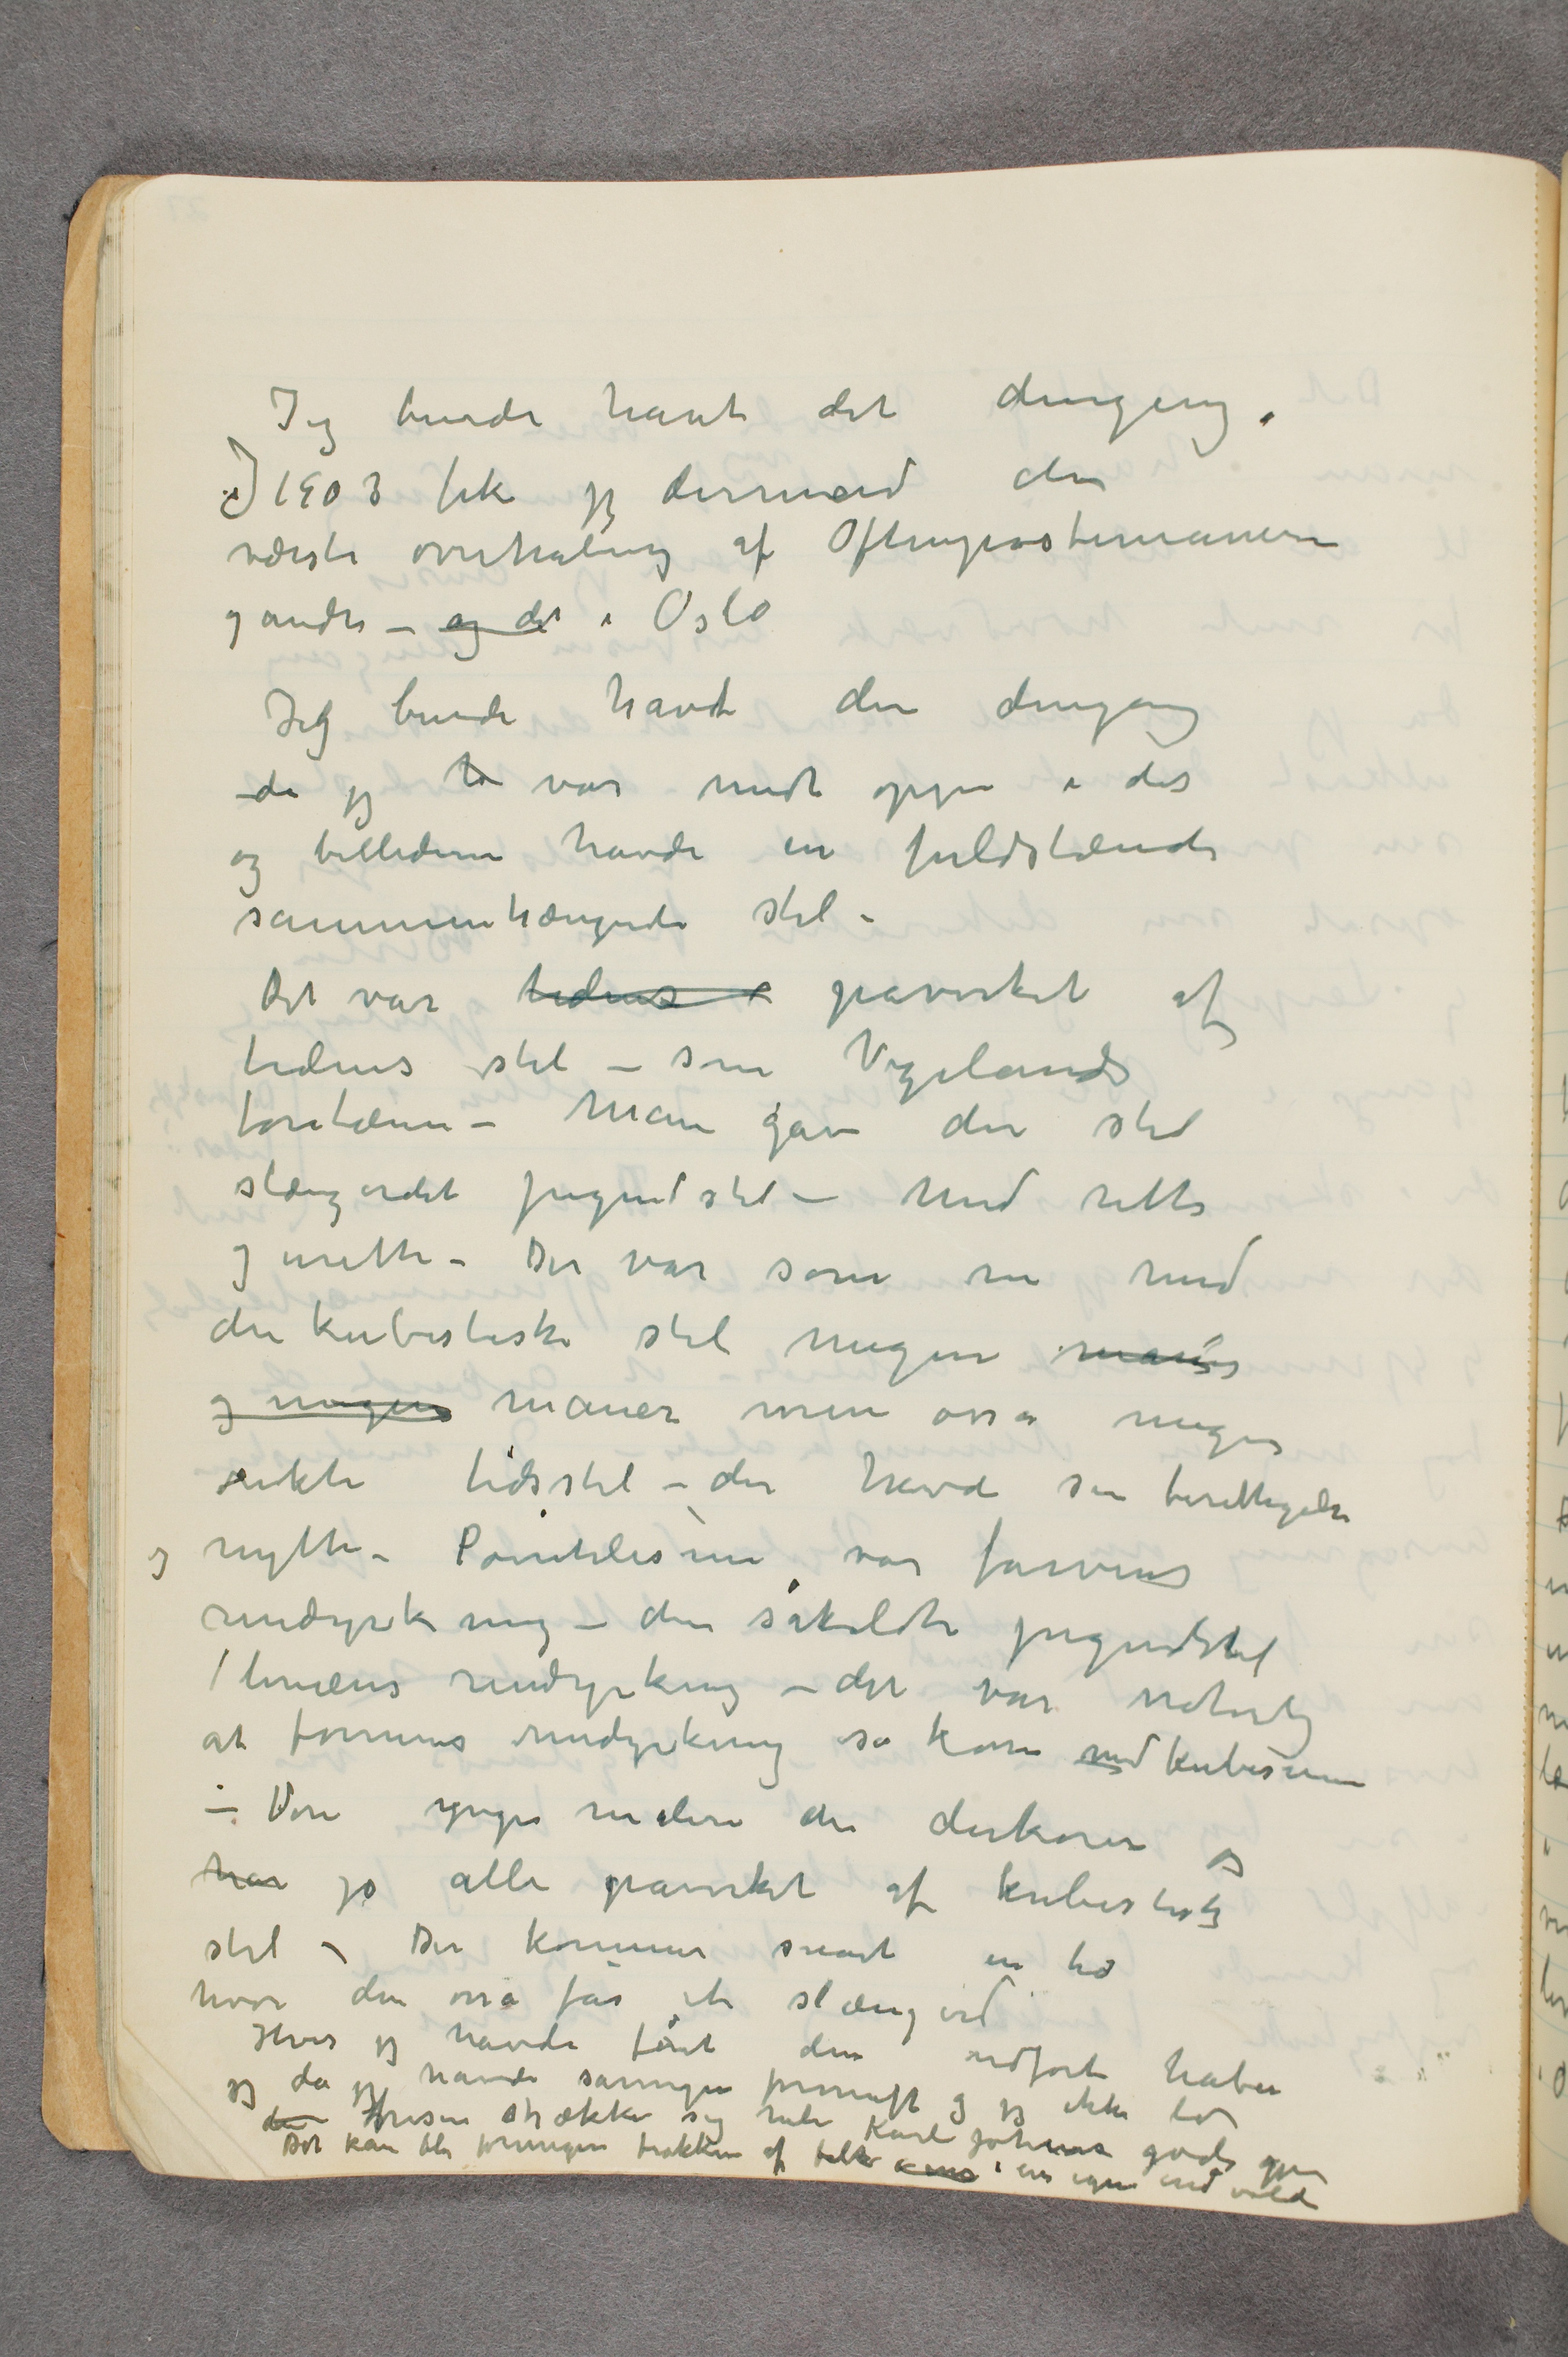
Jeg burde havt det dengang.
I 1903 fik jeg derimod den
værste overhaling af Aftenpostenianerne
og andre – og det i Oslo
Jeg burde havt den dengang
da jeg h var midt oppe i det
og billederne havde en fuldstændi
sammenhængende stil –
Det var tidens  …  påvirket af
tidens stil – som Vigelands
fontæne – Man gav den stil
slængordet jugendstil – Med rette
og urette – Der var som nu med
den kubistiske stil megen manier
og nogen maner med osså megen
rikti tidsstil – der havde sin berettigelse
og nytte – Pointilismen var farvens
rendyrking – den såkaldte jugendstil
/ liniens rendyrking – det var naturlig
at formens rendyrking så kom med kubismen
– Vore yngre malere der dekorerer er
har jo alle påvirket af kubististisk
stil – Der kommer snart en tid
hvor den osså får et slængord
Hvis jeg havde fået den udført håber
jeg da jeg havde såmegen fornuft og jeg ikke lod
den frisen strække sig hele Karl Johans gade gjennem
Det kan bli formegen trakken af folk i ens i ens egne indvolde